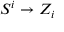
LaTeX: S ^ { i } \to Z _ { i }